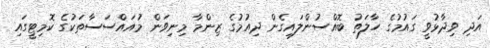
އަދި ވިދާޅުވީ ގައުމުގެ ހާލަތު ބޮއްސުންލައިގެން ދިއުމުގެ ޒިންމާ މިނިވަން މުއައްސަސާތަކުގެ ކޮމިޓީގައި